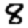
Digit: 8